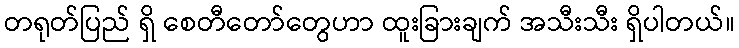
တရုတ်ပြည် ရှိ စေတီတော်တွေဟာ ထူးခြားချက် အသီးသီး ရှိပါတယ်။